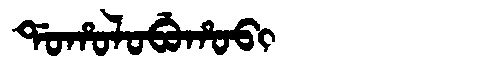
Manchu: ᡩᠣᡥᠣᠯᠣᠪᡠᡥᠣᠪᡳ
Romanization: DOHOLOBUHOBI